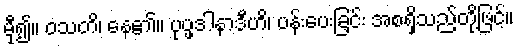
မှီ၍။ ဝသတိ၊ နေ၏။ ပုပ္ဖဒါနာဒီဟိ၊ ပန်းပေးခြင်း အစရှိသည်တို့ဖြင့်။